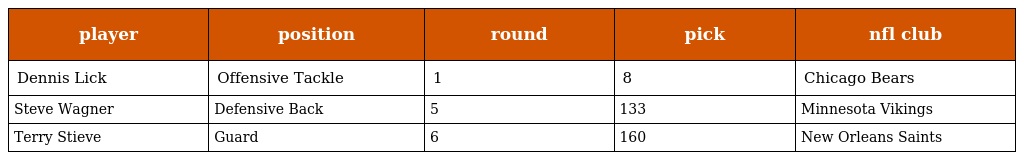
| player | position | round | pick | nfl club |
 | --- | --- | --- | --- | --- |
 | Dennis Lick | Offensive Tackle | 1 | 8 | Chicago Bears |
 | Steve Wagner | Defensive Back | 5 | 133 | Minnesota Vikings |
 | Terry Stieve | Guard | 6 | 160 | New Orleans Saints |